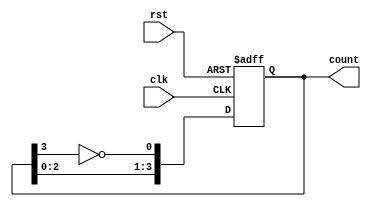
module johnson_counter #(
    parameter N = 4  // Configurable number of flip-flops
)(
    input wire clk,   // Clock signal
    input wire rst,   // Reset signal
    output reg [N-1:0] count // Output state of the counter
);

// Synchronous reset and counter logic
always @(posedge clk or posedge rst) begin
    if (rst) begin
        count <= 0;  // Reset counter to initial state (all zeros)
    end else begin
        count <= {count[N-2:0], ~count[N-1]}; // Shift right and feedback inverted last bit
    end
end

endmodule